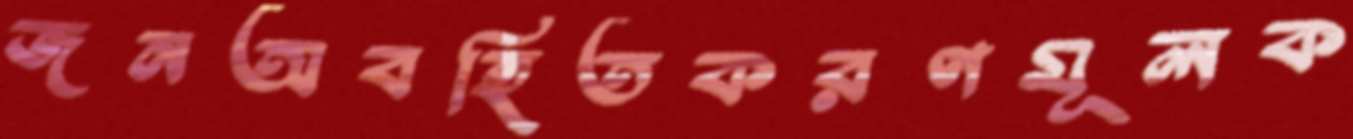
জনঅবহিতকরণমূলক